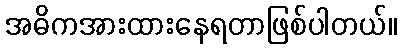
အဓိကအားထားနေရတာဖြစ်ပါတယ်။